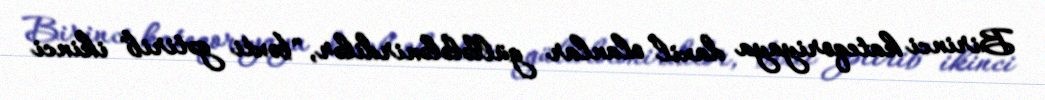
Birinci kateqoriyaya daxil olanlar güllələlənirdilər, "bəxti gətirib" ikinci